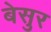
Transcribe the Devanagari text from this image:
बेसुर